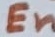
Text: En